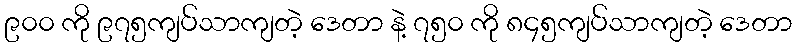
၉၀၀ ကို ၉၇၅ကျပ်သာကျတဲ့ ဒေတာ နဲ့ ၇၅၀ ကို ၈၄၅ကျပ်သာကျတဲ့ ဒေတာ